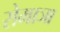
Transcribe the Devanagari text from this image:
रोमाञा